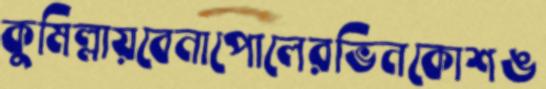
কুমিল্লায়বেনাপোলেরভিনকোশঙ